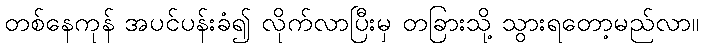
တစ်နေကုန် အပင်ပန်းခံ၍ လိုက်လာပြီးမှ တခြားသို့ သွားရတော့မည်လာ။